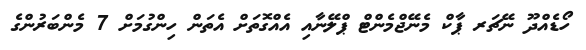
ހޯޑެއްދޫ ނޭޗަރ ޕާކް މެނޭޖްމެންޓް ޕްލޭނާއި އެއްގޮތަށް އެތަން ހިންގުމަށް 7 މެންބަރުންގެ